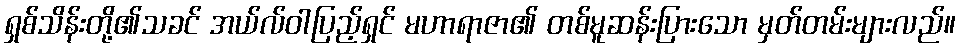
ရှစ်သိန်းတို့၏သခင် အယ်လ်ဝါပြည့်ရှင် မဟာရာဇာ၏ တစ်မူဆန်းပြားသော မှတ်တမ်းများလည်။